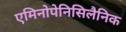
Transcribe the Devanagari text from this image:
एमिनोपेनिसिलैनिक